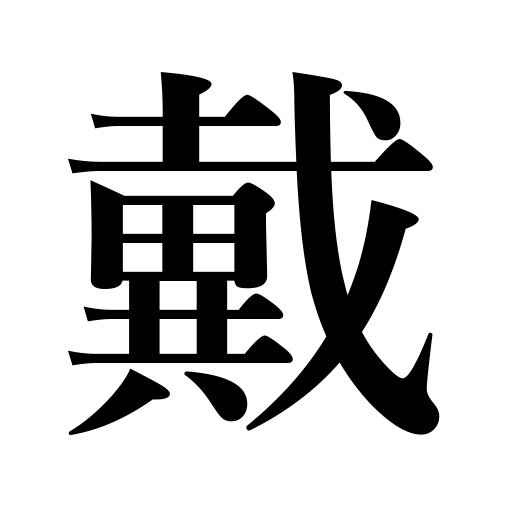
Meanings: drink humble,take,buy,live under a ruler,receive,install  a president,wear,accept,eat,be crowned with